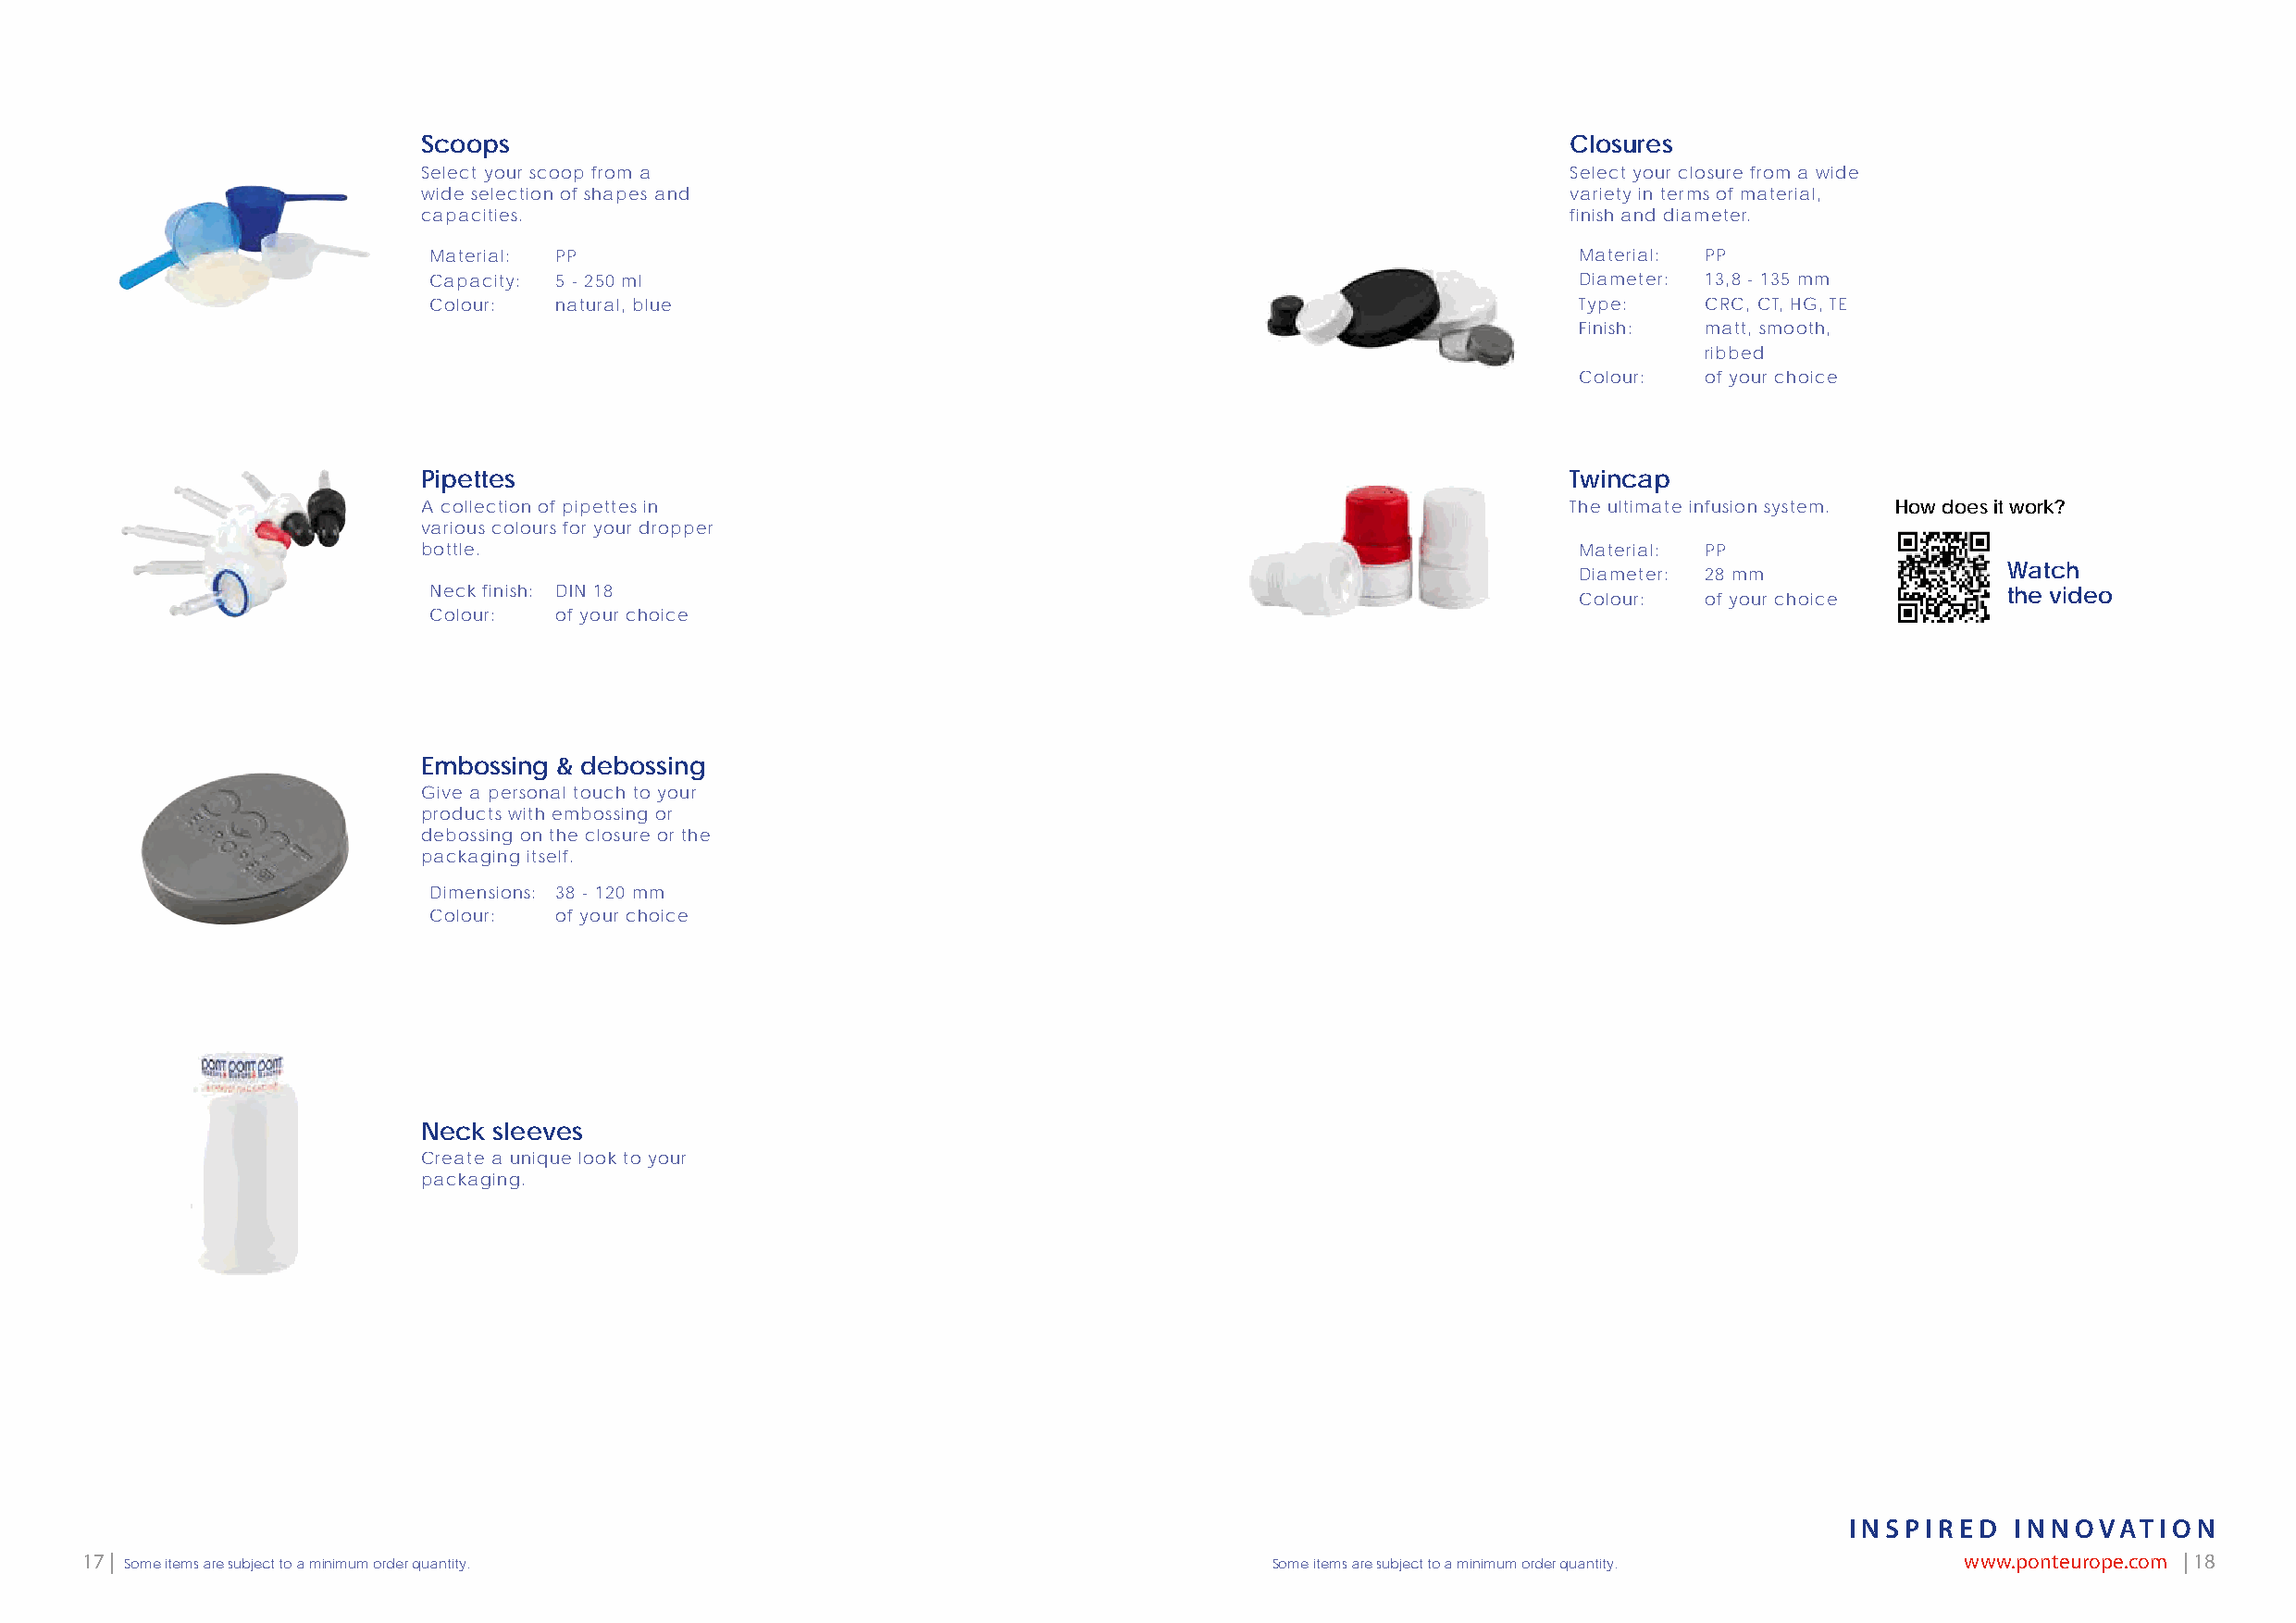
Scoops                                                                            Closures
 Select your scoop from a                                                          Select your closure from a wide
 wide selection of shapes and                                                      variety in terms of material,
 capacities.                                                                       finish and diameter.
 Material: PP                                                                      Material: PP
 Capacity: 5 - 250 ml                                                              Diameter: 13,8 - 135 mm
 Colour:  natural, blue                                                            Type:    CRC, CT, HG, TE
 Finish:  matt, smooth,
 ribbed
 Colour:  of your choice
 Pipettes                                                                          Twincap
 A collection of pipettes in                                                       The ultimate infusion system. How does it work?
 various colours for your dropper
 bottle.                                                                            Material: PP
 Watch
 Diameter: 28 mm                
 WATCH  THE VIDEO
 Neck finish: DIN 18                                                                                              the video
 Colour:  of your choice
 www.ponteurope.com/twincap
 Colour:  of your choice
 Embossing & debossing
 Give a personal touch to your
 products with embossing or
 debossing on the closure or the
 packaging itself.
 Dimensions: 38 - 120 mm
 Colour:  of your choice
 Neck sleeves
 Create a unique look to your
 packaging.
 INSPIRED    INNOVATION
 17 |                                                                                                                                  www.ponteurope.com | 18
 Some items are subject to a minimum order quantity.                               Some items are subject to a minimum order quantity.